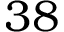
3 8